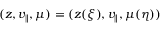
( z , v _ { \parallel } , \mu ) = ( z ( \xi ) , v _ { \parallel } , \mu ( \eta ) )